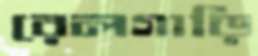
রেলগাড়ি